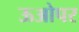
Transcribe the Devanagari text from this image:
ऊओपर